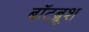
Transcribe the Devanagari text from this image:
बॉटब्रूश